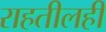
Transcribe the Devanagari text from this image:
राहतीलही